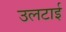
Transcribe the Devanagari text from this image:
उलटाई